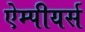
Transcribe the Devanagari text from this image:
ऐम्पीयर्स